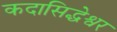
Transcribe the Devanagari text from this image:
कदासिद्धेश्वर